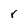
Character: r